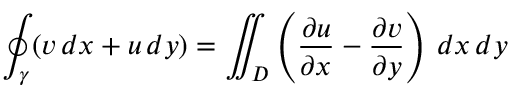
\oint _ { \gamma } ( v \, d x + u \, d y ) = \iint _ { D } \left( { \frac { \partial u } { \partial x } } - { \frac { \partial v } { \partial y } } \right) \, d x \, d y